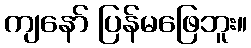
ကျနော် ပြန်မဖြေဘူး။